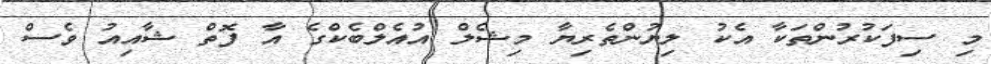
މި ސިފަކުރުންތަކާ އެކު ލިޔުންތެރިޔާ މިޝެލް އުއެލްބެކްގެ އާ ފޮތް ޝާއިއު ވެސް